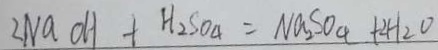
2 N a O H + H _ { 2 } S O _ { 4 } = N a _ { 2 } S O _ { 4 } + 2 H _ { 2 } O